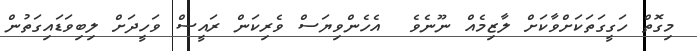
މިގޮތް ހަގީގަތަކަށްވާކަށް ލާޒިމެއް ނޫނެވެ  އެހެންވިޔަސް ވެރިކަން ރައީސް ވަހީދަށް ލިބިވަޑައިގަތުން